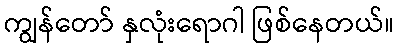
ကျွန်တော် နှလုံးရောဂါ ဖြစ်နေတယ်။